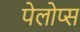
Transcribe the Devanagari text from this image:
पेलोप्स